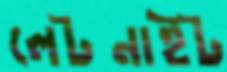
লেটনাইট